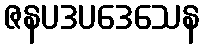
ဇနပဒပဒေသေန